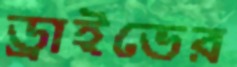
ড্রাইভের